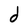
Character: d